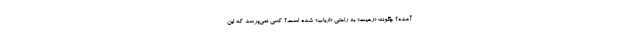
آمده؟ چگونه: «رعیت» به راحتی «ارباب» شده است؟ کسی نمی‌پرسد که این